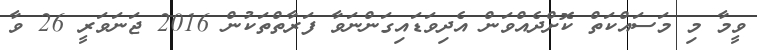
ވީމާ މި މަސައްކަތް ކޮށްދެއްވަން އެދިވަޑައިގަންނަވާ ފަރާތްތަކުން 2016 ޖަނަވަރީ 26 ވާ